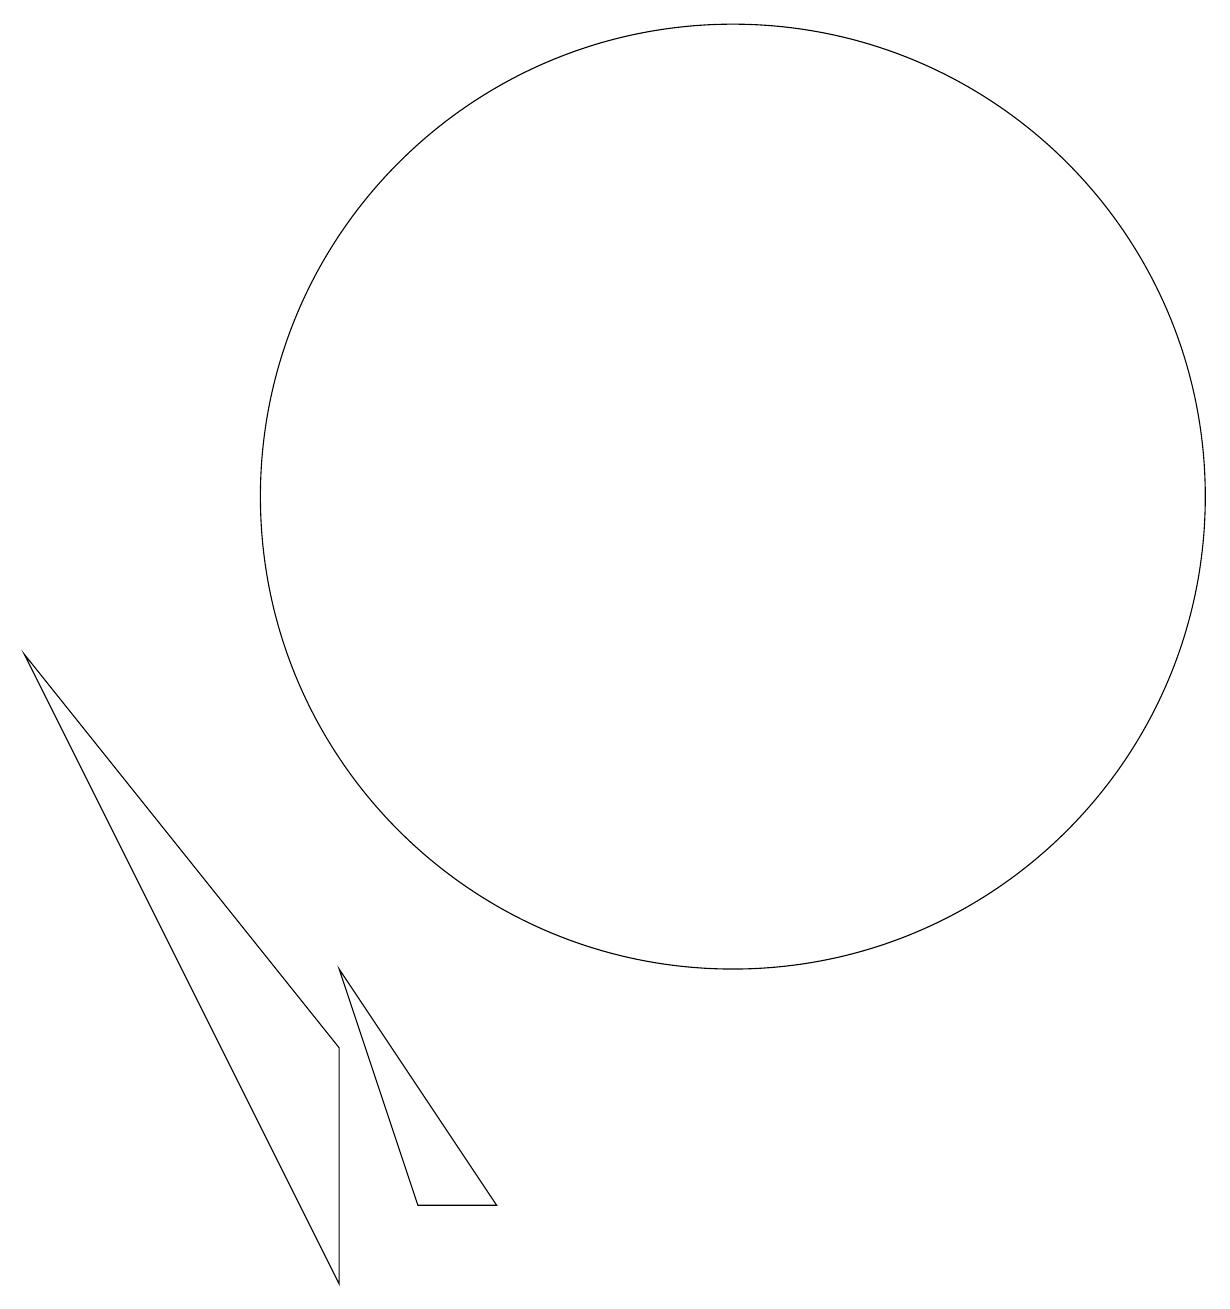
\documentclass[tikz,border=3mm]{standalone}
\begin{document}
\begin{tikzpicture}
\draw (3,8) -- (7,3) -- (7,0) -- cycle;
\draw (7,4) -- (9,1) -- (8,1) -- cycle;
\draw (12,10) circle (6);
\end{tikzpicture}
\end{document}